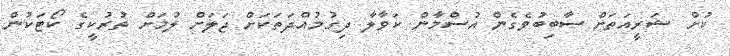
ކުށް ޝަރީއަތަށް ސާބިބުވެގެން އުސްމާން ކަވާލާ ދިގުމުއްދަތަކަށް ޖަލަށް ލުމަށް ތުރުކީގެ ކޯޓަކުން